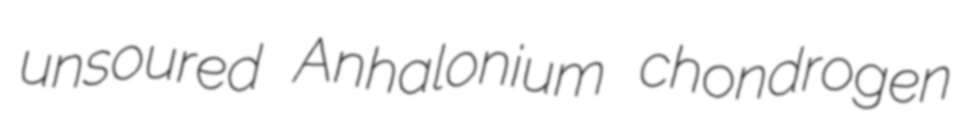
unsoured Anhalonium chondrogen